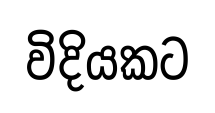
විදියකට